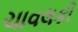
ચાવલકી